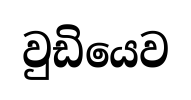
වුඩියෙව